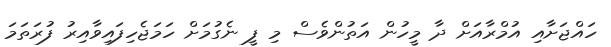
ހައްޖަށާއި އުމްރާއަށް ދާ މީހުން އަތުންވެސް މި ފީ ނެގުމަށް ހަމަޖެހިފައިވާއިރު ފުރަތަމަ